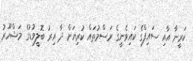
ކަރީނާ އާއި ސައިފްގެ ކައިވެނީގެ ރަސްމުތައް ކުރިޔަށް ދާ އިރު ބޮލީވުޑުގެ މަޝްހޫރު